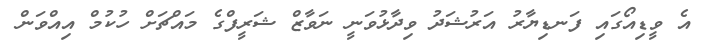
އެ ވީޑިއޯގައި ފަނޑިޔާރު އަރުޝަދު ވިދާޅުވަނީ ނަވާޒް ޝަރީފްގެ މައްޗަށް ހުކުމް އިއްވަން